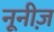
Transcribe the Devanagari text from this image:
नूनीज़